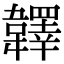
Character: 𩏪